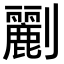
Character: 𠠫